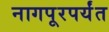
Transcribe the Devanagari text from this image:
नागपूरपर्यंत